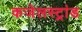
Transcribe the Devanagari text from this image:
कजेलस्ट्रांड